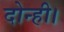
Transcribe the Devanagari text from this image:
दोन्ही।